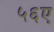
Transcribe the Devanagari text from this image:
५६ए